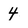
Character: 4